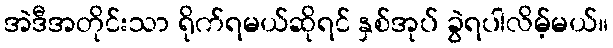
အဲဒီအတိုင်းသာ ရိုက်ရမယ်ဆိုရင် နှစ်အုပ် ခွဲရပါလိမ့်မယ်။